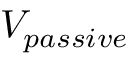
V _ { p a s s i v e }